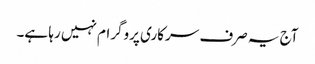
آج یہ صرف سرکاری پروگرام نہیں رہا ہے۔